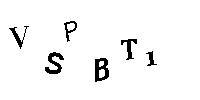
VSPBT1